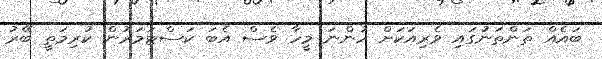
ބައެއް ތަންތަނުގައި ވެރިއަކަށް ހުންނަ މީހާ ވެސް އެބަ ކަސްޓަމަރުން ކުރިމަތީ ބޭރު